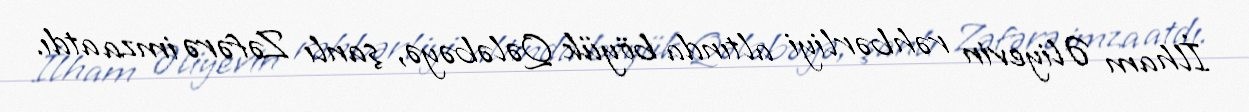
İlham Əliyevin rəhbərliyi altında böyük Qələbəyə, şanlı Zəfərə imza atdı.